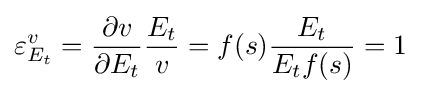
\varepsilon _{E_{t}}^{v}={\frac {\partial v}{\partial E_{t}}}{\frac {E_{t}}{v}}=f(s){\frac {E_{t}}{E_{t}f(s)}}=1